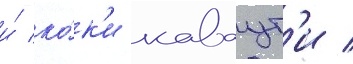
и́ ко́к'и каваут'и /